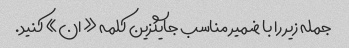
جمله زیر را با ضمیر مناسب جایگزین کلمه «ان» کنید.